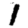
Digit: 1